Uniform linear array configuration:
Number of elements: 32
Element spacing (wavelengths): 0.25
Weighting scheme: kaiser
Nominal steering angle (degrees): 45
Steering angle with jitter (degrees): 45.107
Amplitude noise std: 0.05
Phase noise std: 0.05

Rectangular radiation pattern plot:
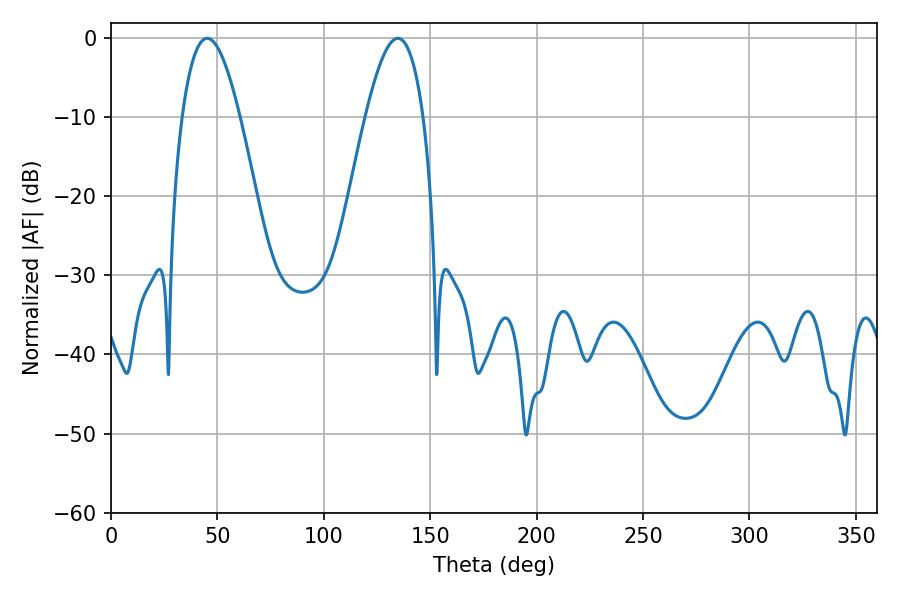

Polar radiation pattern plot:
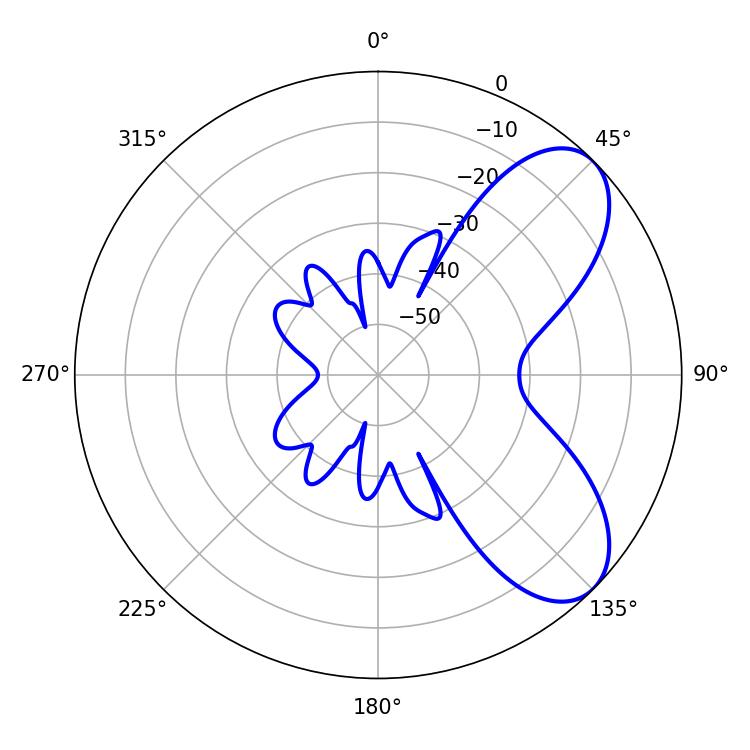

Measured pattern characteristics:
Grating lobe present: FALSE
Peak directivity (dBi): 6.971
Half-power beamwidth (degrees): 14.76
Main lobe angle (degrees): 45.18